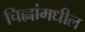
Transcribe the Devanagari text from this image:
चिह्नांमधील